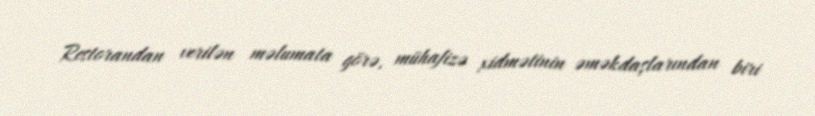
Restorandan verilən məlumata görə, mühafizə xidmətinin əməkdaşlarından biri